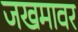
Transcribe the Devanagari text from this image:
जखमावर